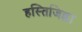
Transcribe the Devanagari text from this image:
हस्तिजिह्वा